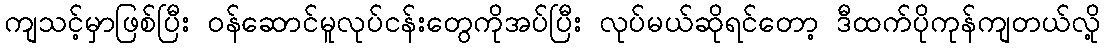
ကျသင့်မှာဖြစ်ပြီး ဝန်ဆောင်မူလုပ်ငန်းတွေကိုအပ်ပြီး လုပ်မယ်ဆိုရင်တော့ ဒီထက်ပိုကုန်ကျတယ်လို့